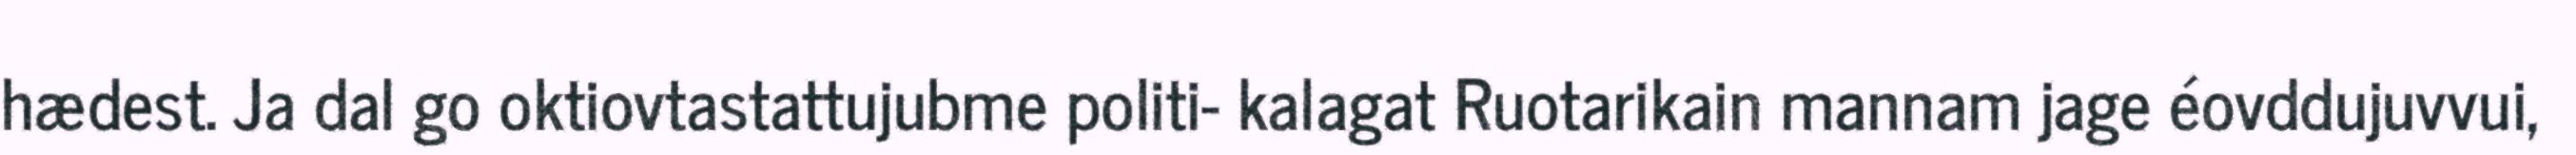
hædest. Ja dal go oktiovtastattujubme politi- kalagat Ruotarikain mannam jage éovddujuvvui,